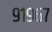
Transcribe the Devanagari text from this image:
९१९६७